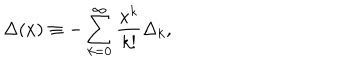
LaTeX: \Delta ( x ) \equiv - \sum _ { k = 0 } ^ { \infty } { \frac { x ^ { k } } { k ! } } \Delta _ { k } ,